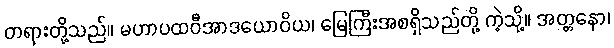
တရားတို့သည်။ မဟာပထဝီအာဒယောဝိယ၊ မြေကြီးအစရှိသည်တို့ ကဲ့သို့။ အတ္တနော၊